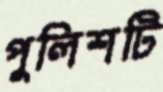
পুলিশটি